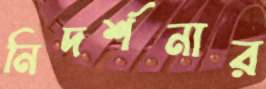
নিদর্শনার